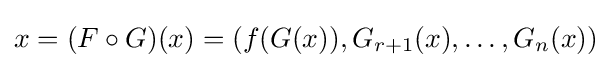
x=(F\circ G)(x)=(f(G(x)),G_{r+1}(x),\dots ,G_{n}(x))